Lunatic asylums Central Provinces reports 1910-1926 - 1910-1926
Year: 1910
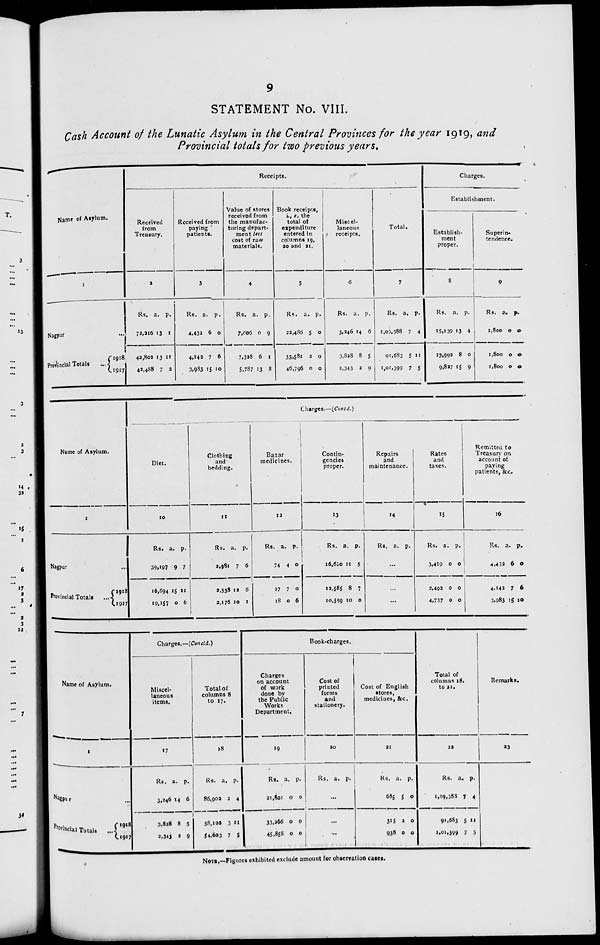
9
STATEMENT No. VIII.
Cash Account of the Lunatic Asylum in the Central Provinces for the year 1919, and
Provincial totals for two previous years.
Name of Asylum.
1
Nagpur ...
Provincial Totals ...
1918
1917
Receipts.
Received
from
Treasury.
2
Rs.
73,216
42,802
42,488
a.
13
13
7
p.
1
11
2
Received from
paying
patients.
3
Rs.
4,432
4,142
3,983
a.
6
7
15
p.
0
6
10
Value of stores
received from
the manufac-
turing depart-
ment less
cost of raw
materials.
4
Rs.
7,006
7,328
5,787
a.
0
6
13
p.
9
1
8
Book receipts,
i., e. the
total of
expenditure
entered in
columns 19,
20 and 21.
5
Rs.
22,486
33,581
46,796
a.
5
2
0
p.
0
0
0
Miscel-
laneous
receipts.
6
Rs.
3,246
3,828
2,343
a.
14
8
2
p.
6
5
9
Total.
7
Rs.
1,09,388
91,683
1,01,399
a.
7
5
7
p.
4
11
5
Charges.
Establishment.
Establish-
ment
proper.
8
Rs.
15,139
13,992
9,827
a.
13
8
15
p.
4
0
9
Superin-
tendence.
9
Rs.
1,800
1,800
1,800
a.
0
0
0
p.
0
0
0
Name of Asylum.
1
Nagpur
...
Provincial Totals ...
1918
1917
Charges.—(Contd.)
Diet.
10
Rs.
39,197
16,694
19,157
a.
9
15
0
p.
7
11
6
Clothing
and
bedding.
11
Rs.
2,981
2,538
2,176
a.
7
12
10
p.
6
6
1
Bazar
medicines.
12
Rs.
74
27
18
a.
4
7
0
p.
0
0
6
Contin-
gencies
proper.
13
Rs.
16,610
12,585
10,559
a.
11
8
10
p.
5
7
0
Repairs
and
maintenance.
14
Rs. a. p.
...
...
...
Rates
and
taxes.
15
Rs.
3,419
2,492
4,737
a.
0
0
0
p.
0
0
0
Remitted to
Treasury on
account of
paying
patients, &c.
16
Rs.
4,432
4,142
3,983
a.
6
7
15
p.
0
6
10
Name of Asylum.
1
Nagpur ...
Provincial Totals
....
1918
1917
Charges.—(Concld.)
Miscel-
laneous
items.
17
Rs.
3,246
3,828
2,343
a.
14
8
2
p.
6
5
9
Total of
columns 8
to 17.
18
Rs.
86,902
58,102
54,603
a.
2
3
7
p.
4
11
5
Book-charges.
Charges
on account
of work
done by
the Public
Works
Department.
19
Rs.
21,801
33,266
45,858
a.
0
0
0
p.
0
0
0
Cost of
printed
forms
and
stationery.
20
Rs. a. p.
...
...
...
Cost of English
stores,
medicines, &c.
21
Rs.
685
315
938
a.
5
2
0
p.
0
0
0
Total of
columns 18.
to 21.
22
Rs.
1,09,388
91,683
1,01,399
a.
7
5
7
p.
4
11
5
Remarks.
23
NOTE.—Figures exhibited exclude amount for observation cases.